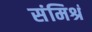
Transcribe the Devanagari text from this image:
संमिश्रं